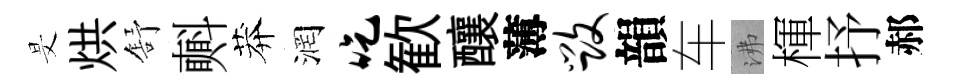
旻烘舒㪺莽润吃歓釀薄毁韻车沸楎抒郝